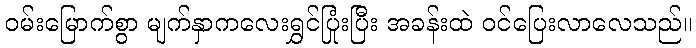
ဝမ်းမြောက်စွာ မျက်နှာကလေးရွှင်ပြုံးပြီး အခန်းထဲ ဝင်ပြေးလာလေသည်။